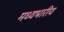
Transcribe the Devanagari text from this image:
मध्यभारीय